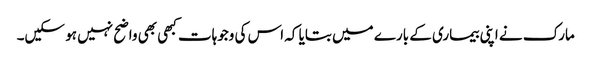
مارک نے اپنی بیماری کے بارے میں بتایا کہ اس کی وجوہات کبھی بھی واضح نہیں ہو سکیں۔